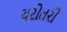
ચરોતરી